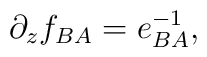
\partial_z f_{BA}= e^{-1}_{BA},